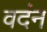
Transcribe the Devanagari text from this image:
वदंन